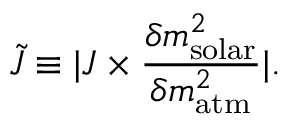
\tilde { J } \equiv | J \times \frac { \delta m _ { \mathrm { s o l a r } } ^ { 2 } } { \delta m _ { \mathrm { a t m } } ^ { 2 } } | .